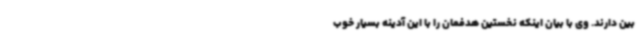
بین دارند. وی با بیان اینکه نخستین هدفمان را با این آدینه بسیار خوب